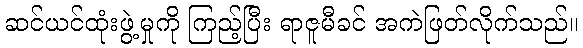
ဆင်ယင်ထုံးဖွဲ့မှုကို ကြည့်ပြီး ရာဇူမီခင် အကဲဖြတ်လိုက်သည်။